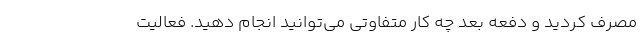
مصرف کردید و دفعه بعد چه کار متفاوتی می‌توانید انجام دهید. فعالیت